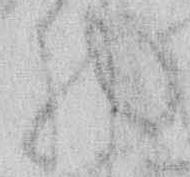
物